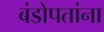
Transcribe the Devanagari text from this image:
बंडोपतांना